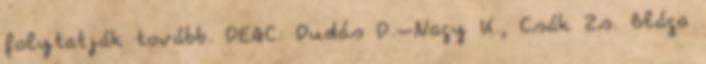
folytatják tovább. DEAC: Dudás D.–Nagy K., Csák Zs. Blága